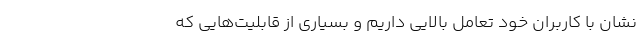
نشان با کاربران خود تعامل بالایی داریم و بسیاری از قابلیت‌هایی که